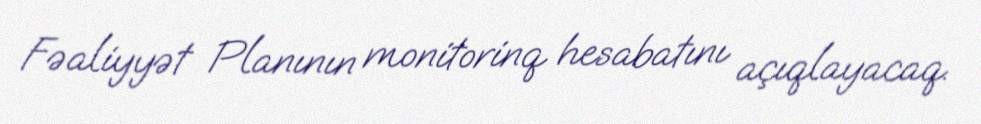
Fəaliyyət Planının monitorinq hesabatını açıqlayacaq.